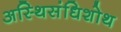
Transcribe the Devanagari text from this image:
अस्थिसंधिशोथ